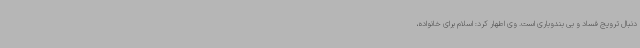
دنبال ترویج فساد و بی بندوباری است. وی اطهار کرد: اسلام برای خانواده،